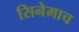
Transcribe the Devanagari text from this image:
सिनेमाच